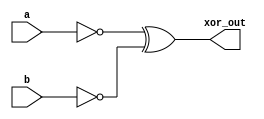
module timing_control_and_synchronization_block(
    input wire a,
    input wire b,
    output wire xor_out
);

wire a_delay, b_delay;

// Delay elements
not #1(a_delay, a);
not #1(b_delay, b);

// XOR gate with delay
xor #1 (xor_out, a_delay, b_delay);

endmodule